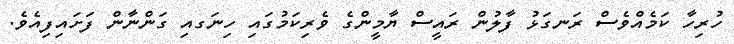
ހުރިހާ ކަމެއްވެސް ރަނގަޅު ފާލުން ރައީސް ޔާމީންގެ ވެރިކަމުގައި ހިނަގއި ގަންނާން ފަށައިފިއެވެ.